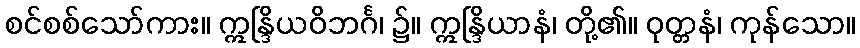
စင်စစ်သော်ကား။ ဣန္ဒြိယဝိဘင်္ဂ၊ ၌။ ဣန္ဒြိယာနံ၊ တို့၏။ ဝုတ္တနံ၊ ကုန်သော။